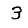
Digit: 3